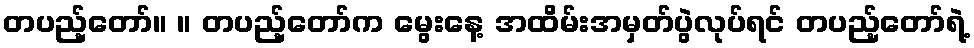
တပည့်တော်။ ။ တပည့်တော်က မွေးနေ့ အထိမ်းအမှတ်ပွဲလုပ်ရင် တပည့်တော်ရဲ့